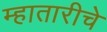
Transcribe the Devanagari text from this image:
म्हातारीचे